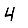
Digit: 4